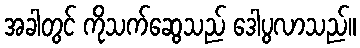
အခါတွင် ကိုသက်ဆွေသည် ဒေါပွလာသည်။